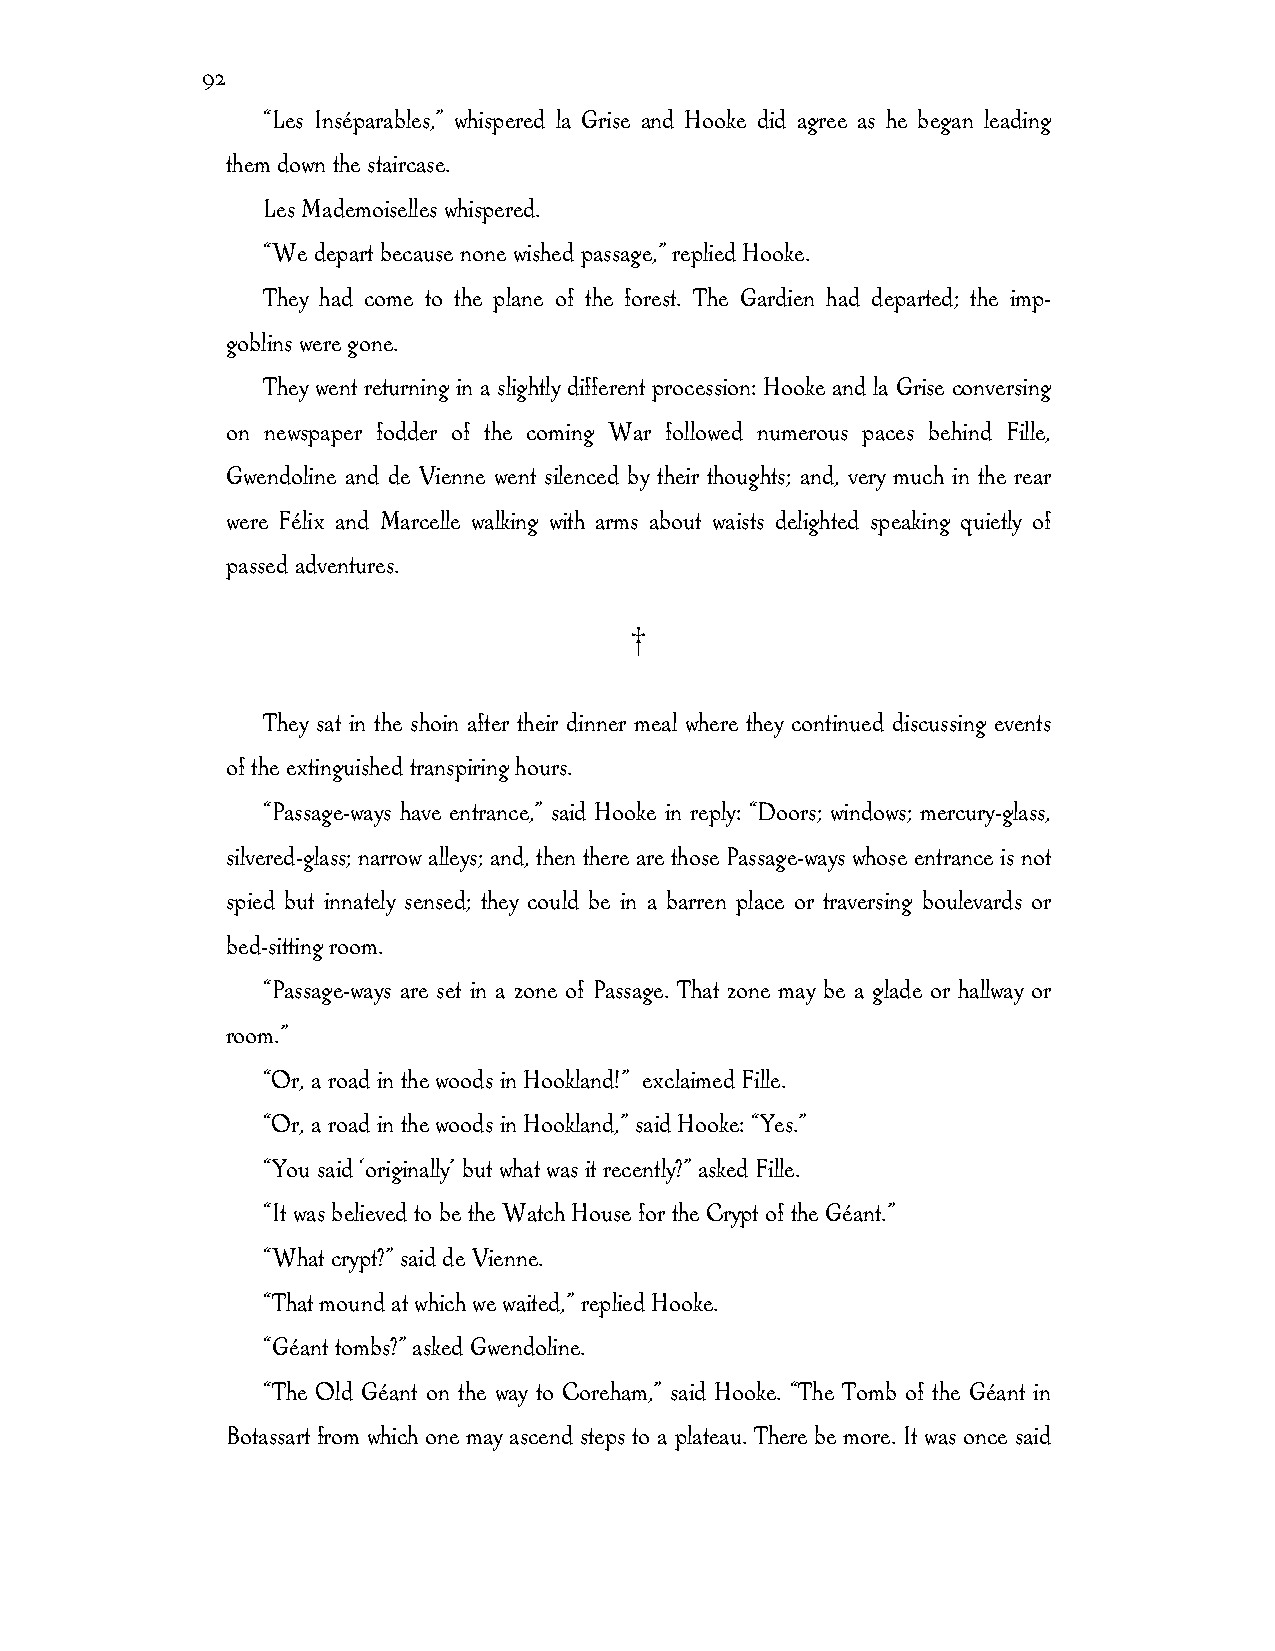
92
 “Les Inséparables,” whispered la Grise and Hooke did agree as he began leading
 them down the staircase.
 Les Mademoiselles whispered.
 “We depart because none wished passage,” replied Hooke.
 They had come to the plane of the forest. The Gardien had departed; the imp-
 goblins were gone.
 They went returning in a slightly different procession: Hooke and la Grise conversing
 on newspaper fodder of the coming War followed numerous paces behind Fille,
 Gwendoline and de Vienne went silenced by their thoughts; and, very much in the rear
 were Félix and Marcelle walking with arms about waists delighted speaking quietly of
 passed adventures.
 †
 They sat in the shoin after their dinner meal where they continued discussing events
 of the extinguished transpiring hours.
 “Passage-ways have entrance,” said Hooke in reply: “Doors; windows; mercury-glass,
 silvered-glass; narrow alleys; and, then there are those Passage-ways whose entrance is not
 spied but innately sensed; they could be in a barren place or traversing boulevards or
 bed-sitting room.
 “Passage-ways are set in a zone of Passage. That zone may be a glade or hallway or
 room.”
 “Or, a road in the woods in Hookland!” exclaimed Fille.
 “Or, a road in the woods in Hookland,” said Hooke: “Yes.”
 “You said ‘originally’ but what was it recently?” asked Fille.
 “It was believed to be the Watch House for the Crypt of the Géant.”
 “What crypt?” said de Vienne.
 “That mound at which we waited,” replied Hooke.
 “Géant tombs?” asked Gwendoline.
 “The Old Géant on the way to Coreham,” said Hooke. “The Tomb of the Géant in
 Botassart from which one may ascend steps to a plateau. There be more. It was once said